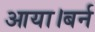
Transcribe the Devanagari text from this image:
आया।बर्न